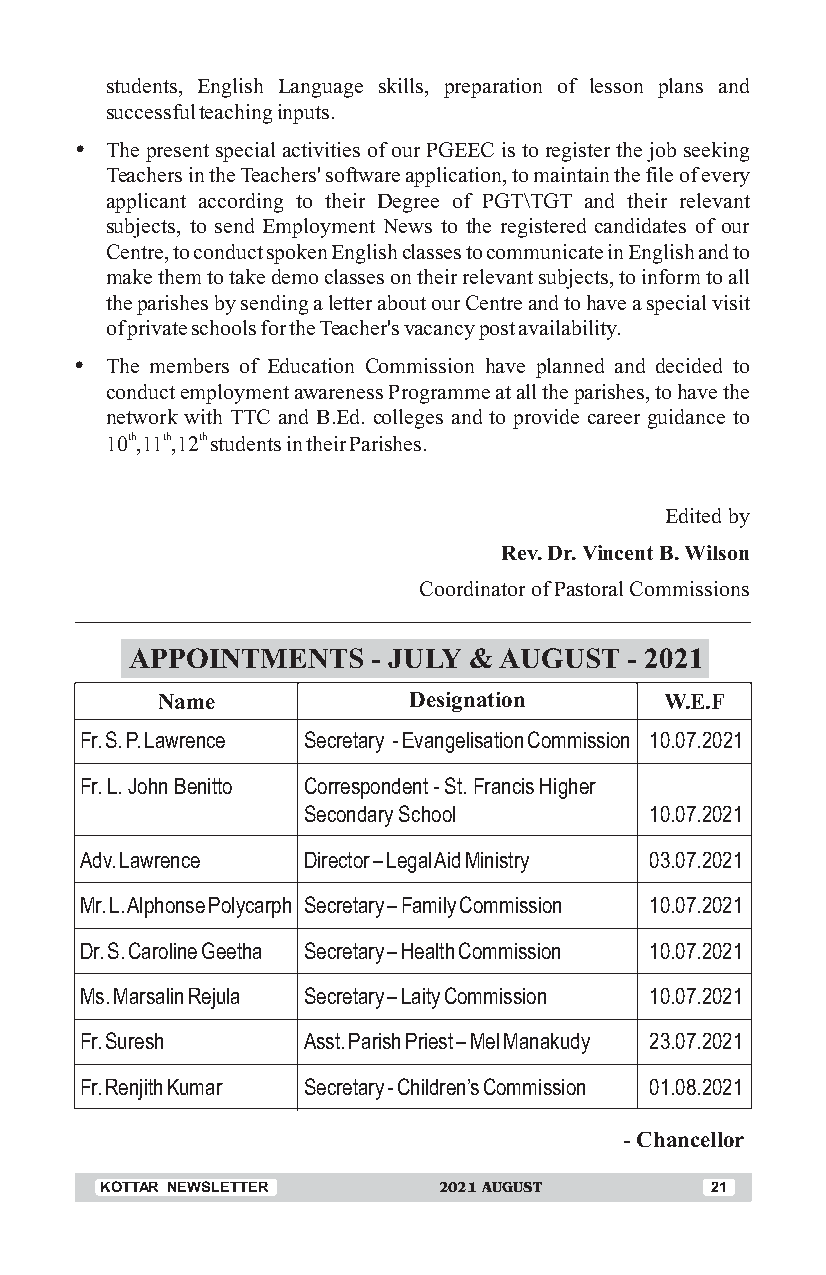
students, English Language skills, preparation of lesson plans and
 successful teaching inputs.
 Ÿ The present special activities of our PGEEC is to register the job seeking
 Teachers in the Teachers' software application, to maintain the file of every
 applicant according to their Degree of PGT\TGT and their relevant
 subjects, to send Employment News to the registered candidates of our
 Centre, to conduct spoken English classes to communicate in English and to
 make them to take demo classes on their relevant subjects, to inform to all
 the parishes by sending a letter about our Centre and to have a special visit
 of private schools for the Teacher's vacancy post availability.
 Ÿ The members of Education Commission have planned and decided to
 conduct employment awareness Programme at all the parishes, to have the
 network with TTC and B.Ed. colleges and to provide career guidance to
 10th,11th,12th students in their Parishes.
 Edited by
 Rev. Dr. Vincent B. Wilson
 Coordinator of Pastoral Commissions
 APPOINTMENTS    - JULY & AUGUST  - 2021
 Name             Designation      W.E.F
 Fr. S. P. Lawrence Secretary - Evangelisation Commission 10.07.2021
 Fr. L. John Benitto Correspondent - St. Francis Higher
 Secondary School       10.07.2021
 Adv. Lawrence  Director – Legal Aid Ministry 03.07.2021
 Mr. L. Alphonse Polycarph Secretary – Family Commission 10.07.2021
 Dr. S. Caroline Geetha Secretary – Health Commission 10.07.2021
 Ms. Marsalin Rejula Secretary – Laity Commission 10.07.2021
 Fr. Suresh     Asst. Parish Priest – Mel Manakudy 23.07.2021
 Fr. Renjith Kumar Secretary - Children’s Commission 01.08.2021
 - Chancellor
 KOTTAR NEWSLETTER     2021 AUGUST       21